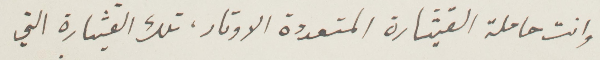
وانت حاملة القيثارة المتعددة الاوتار، تلك القيثارة التي